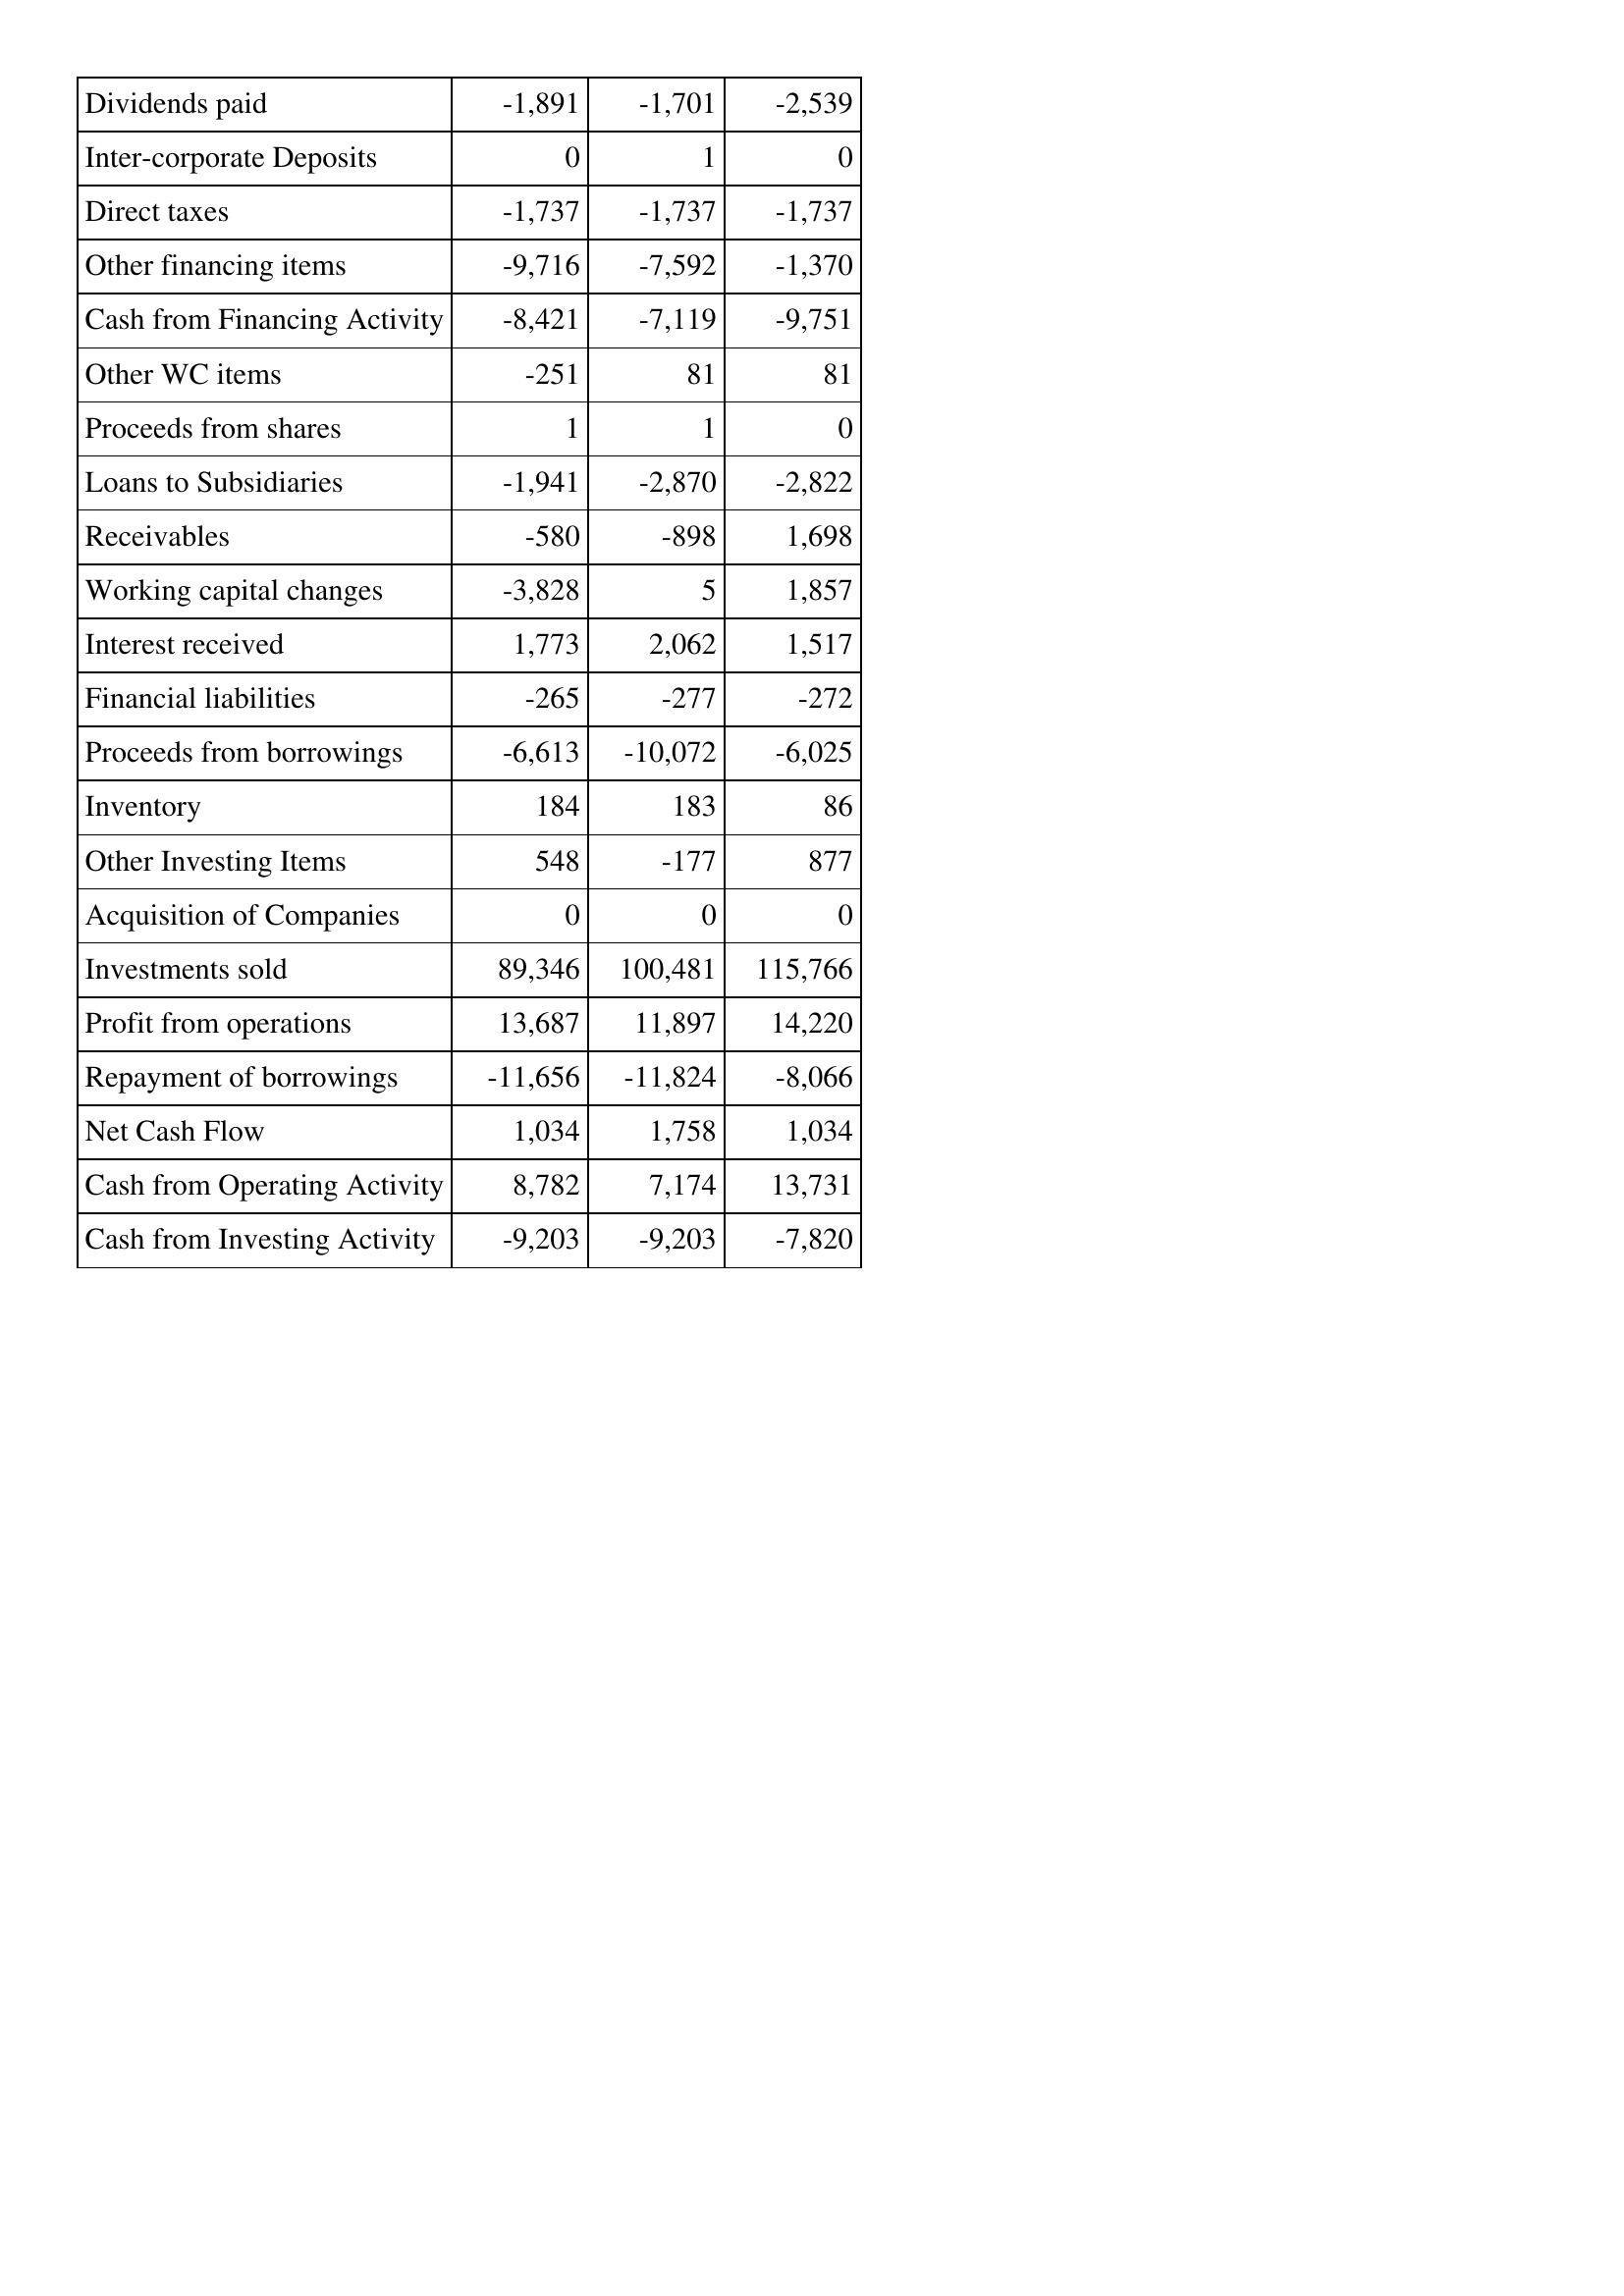
Nov-15: Cash Flows: Dividends paid: -1,891
Inter-corporate Deposits: 0
Direct taxes: -1,737
Other financing items: -9,716
Cash from Financing Activity: -8,421
Other WC items: -251
Proceeds from shares: 1
Loans to Subsidiaries: -1,941
Receivables: -580
Working capital changes: -3,828
Interest received: 1,773
Financial liabilities: -265
Proceeds from borrowings: -6,613
Inventory: 184
Other Investing Items: 548
Acquisition of Companies: 0
Investments sold: 89,346
Profit from operations: 13,687
Repayment of borrowings: -11,656
Net Cash Flow: 1,034
Cash from Operating Activity: 8,782
Cash from Investing Activity: -9,203
Nov-14: Cash Flows: Dividends paid: -1,701
Inter-corporate Deposits: 1
Direct taxes: -1,737
Other financing items: -7,592
Cash from Financing Activity: -7,119
Other WC items: 81
Proceeds from shares: 1
Loans to Subsidiaries: -2,870
Receivables: -898
Working capital changes: 5
Interest received: 2,062
Financial liabilities: -277
Proceeds from borrowings: -10,072
Inventory: 183
Other Investing Items: -177
Acquisition of Companies: 0
Investments sold: 100,481
Profit from operations: 11,897
Repayment of borrowings: -11,824
Net Cash Flow: 1,758
Cash from Operating Activity: 7,174
Cash from Investing Activity: -9,203
Nov-13: Cash Flows: Dividends paid: -2,539
Inter-corporate Deposits: 0
Direct taxes: -1,737
Other financing items: -1,370
Cash from Financing Activity: -9,751
Other WC items: 81
Proceeds from shares: 0
Loans to Subsidiaries: -2,822
Receivables: 1,698
Working capital changes: 1,857
Interest received: 1,517
Financial liabilities: -272
Proceeds from borrowings: -6,025
Inventory: 86
Other Investing Items: 877
Acquisition of Companies: 0
Investments sold: 115,766
Profit from operations: 14,220
Repayment of borrowings: -8,066
Net Cash Flow: 1,034
Cash from Operating Activity: 13,731
Cash from Investing Activity: -7,820